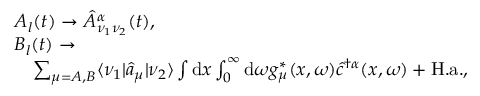
\begin{array} { r l } & { A _ { l } ( t ) \to \hat { A } _ { \nu _ { 1 } \nu _ { 2 } } ^ { \alpha } ( t ) , } \\ & { B _ { l } ( t ) \to } \\ & { \quad \sum _ { \mu = A , B } \langle \nu _ { 1 } | \hat { a } _ { \mu } | \nu _ { 2 } \rangle \int \mathrm { d } x \int _ { 0 } ^ { \infty } \mathrm { d } \omega g _ { \mu } ^ { * } ( x , \omega ) \hat { c } ^ { \dagger \alpha } ( x , \omega ) + \mathrm { H . a . } , } \end{array}